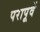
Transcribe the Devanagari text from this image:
परापूर्वे